Annual report on the working of the mental hospitals in the Madras Presidency - 1912-1932
Year: 1912
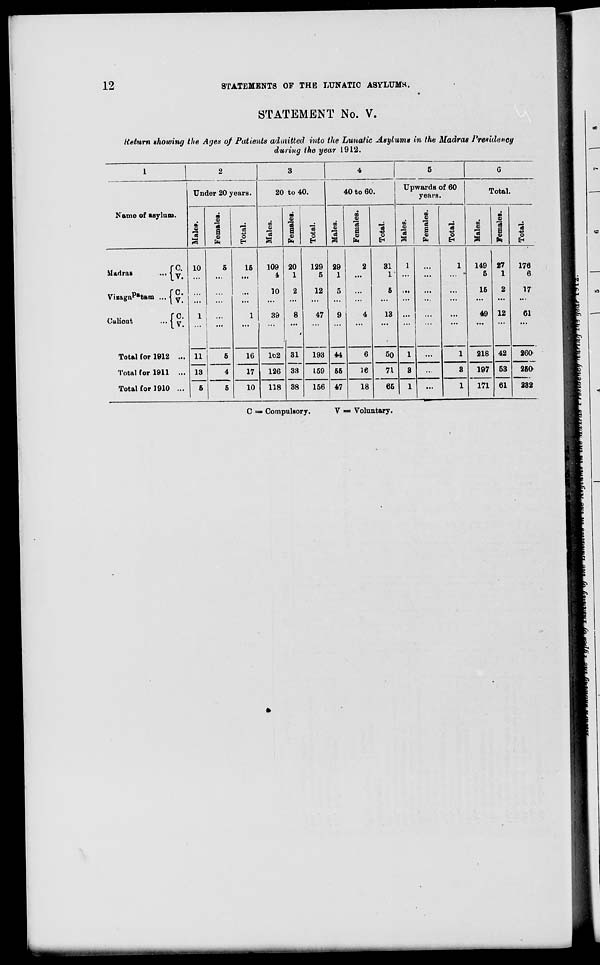
12
STATEMENTS OF THE LUNATIC ASYLUMS.
STATEMENT No. V.
tieturn showing the Ages of Patients admitted into the Lunatic Asylum* in the Madras Presidency
during the year 1912.
1
.
3
4
5
6
Under 20 years.
20 to 40.
40 to 60.
Upwards of 60
years.
Total.
Name of asylum.
oo
|
■ $
"5
S
©
fa
•a
o
EH
00
s
15
he)
■
s
1 o
fa
S3
43
02
s
IS
00
®
a
a
fa
1
E-t
00
.2
OS
5
IS
s
fa
"3
o
EH
n
o
a
a
a
fa
15 43
o
EH
Madras
... j y
Vi«aga^f t tam ... j y*
Culiout
... | y'
10
1
11
13
5
5
15
1
109
4
10
39
20
1
2
8
31
33
129
5
12
47
29
1
5
9
44
55
47
2
4
31
1
5
13
1
••
1
149
5
15
49
27
1
2
12
42
176
6
17
61
Total for 1912 ...
5
4
16
lb2
193
6
50
1
...
1
218
260
Total for 1911 ...
17
126
159
16
71
3
...
3
197 53
250
Total for 1910 ...
5
10
118 38
156
18
65
1
>
1
171 61
232
C = Compulsory.
V = Voluntary.